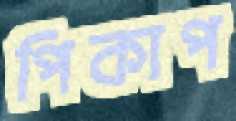
পিকাপ